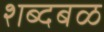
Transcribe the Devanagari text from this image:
शब्दबळ